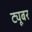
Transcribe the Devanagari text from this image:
ट्यूबर